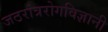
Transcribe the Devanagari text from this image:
जठरांत्ररोगविज्ञानी